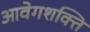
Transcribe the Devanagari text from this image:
आवेगशक्ति